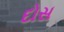
દોસ